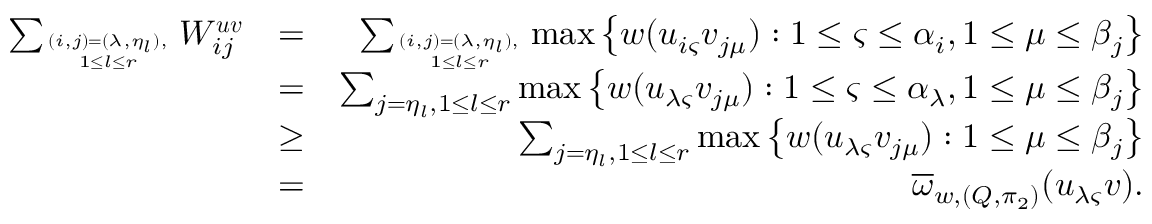
\begin{array} { r l r } { \sum _ { ( i , j ) = ( \lambda , \eta _ { l } ) , \atop 1 \leq l \leq r } W _ { i j } ^ { \boldsymbol { u v } } } & { = } & { \sum _ { ( i , j ) = ( \lambda , \eta _ { l } ) , \atop 1 \leq l \leq r } \operatorname* { m a x } \left\{ w ( u _ { i \varsigma } v _ { j \mu } ) : 1 \leq \varsigma \leq \alpha _ { i } , 1 \leq \mu \leq \beta _ { j } \right\} } \\ & { = } & { \sum _ { j = \eta _ { l } , 1 \leq l \leq r } \operatorname* { m a x } \left\{ w ( u _ { \lambda \varsigma } v _ { j \mu } ) : 1 \leq \varsigma \leq \alpha _ { \lambda } , 1 \leq \mu \leq \beta _ { j } \right\} } \\ & { \geq } & { \sum _ { j = \eta _ { l } , 1 \leq l \leq r } \operatorname* { m a x } \left\{ w ( u _ { \lambda \varsigma } v _ { j \mu } ) : 1 \leq \mu \leq \beta _ { j } \right\} } \\ & { = } & { \overline { { \omega } } _ { w , ( Q , \pi _ { 2 } ) } ( u _ { \lambda \varsigma } \boldsymbol { v } ) . } \end{array}